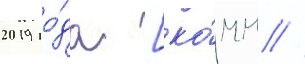
2019 го́да [ко́мм //